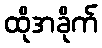
ထိုအခိုက်